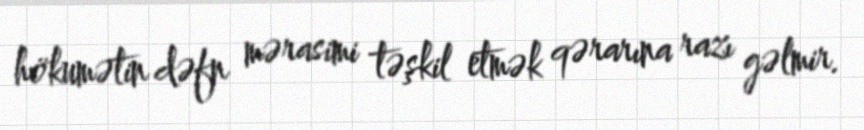
hökumətin dəfn mərasimi təşkil etmək qərarına razı gəlmir.